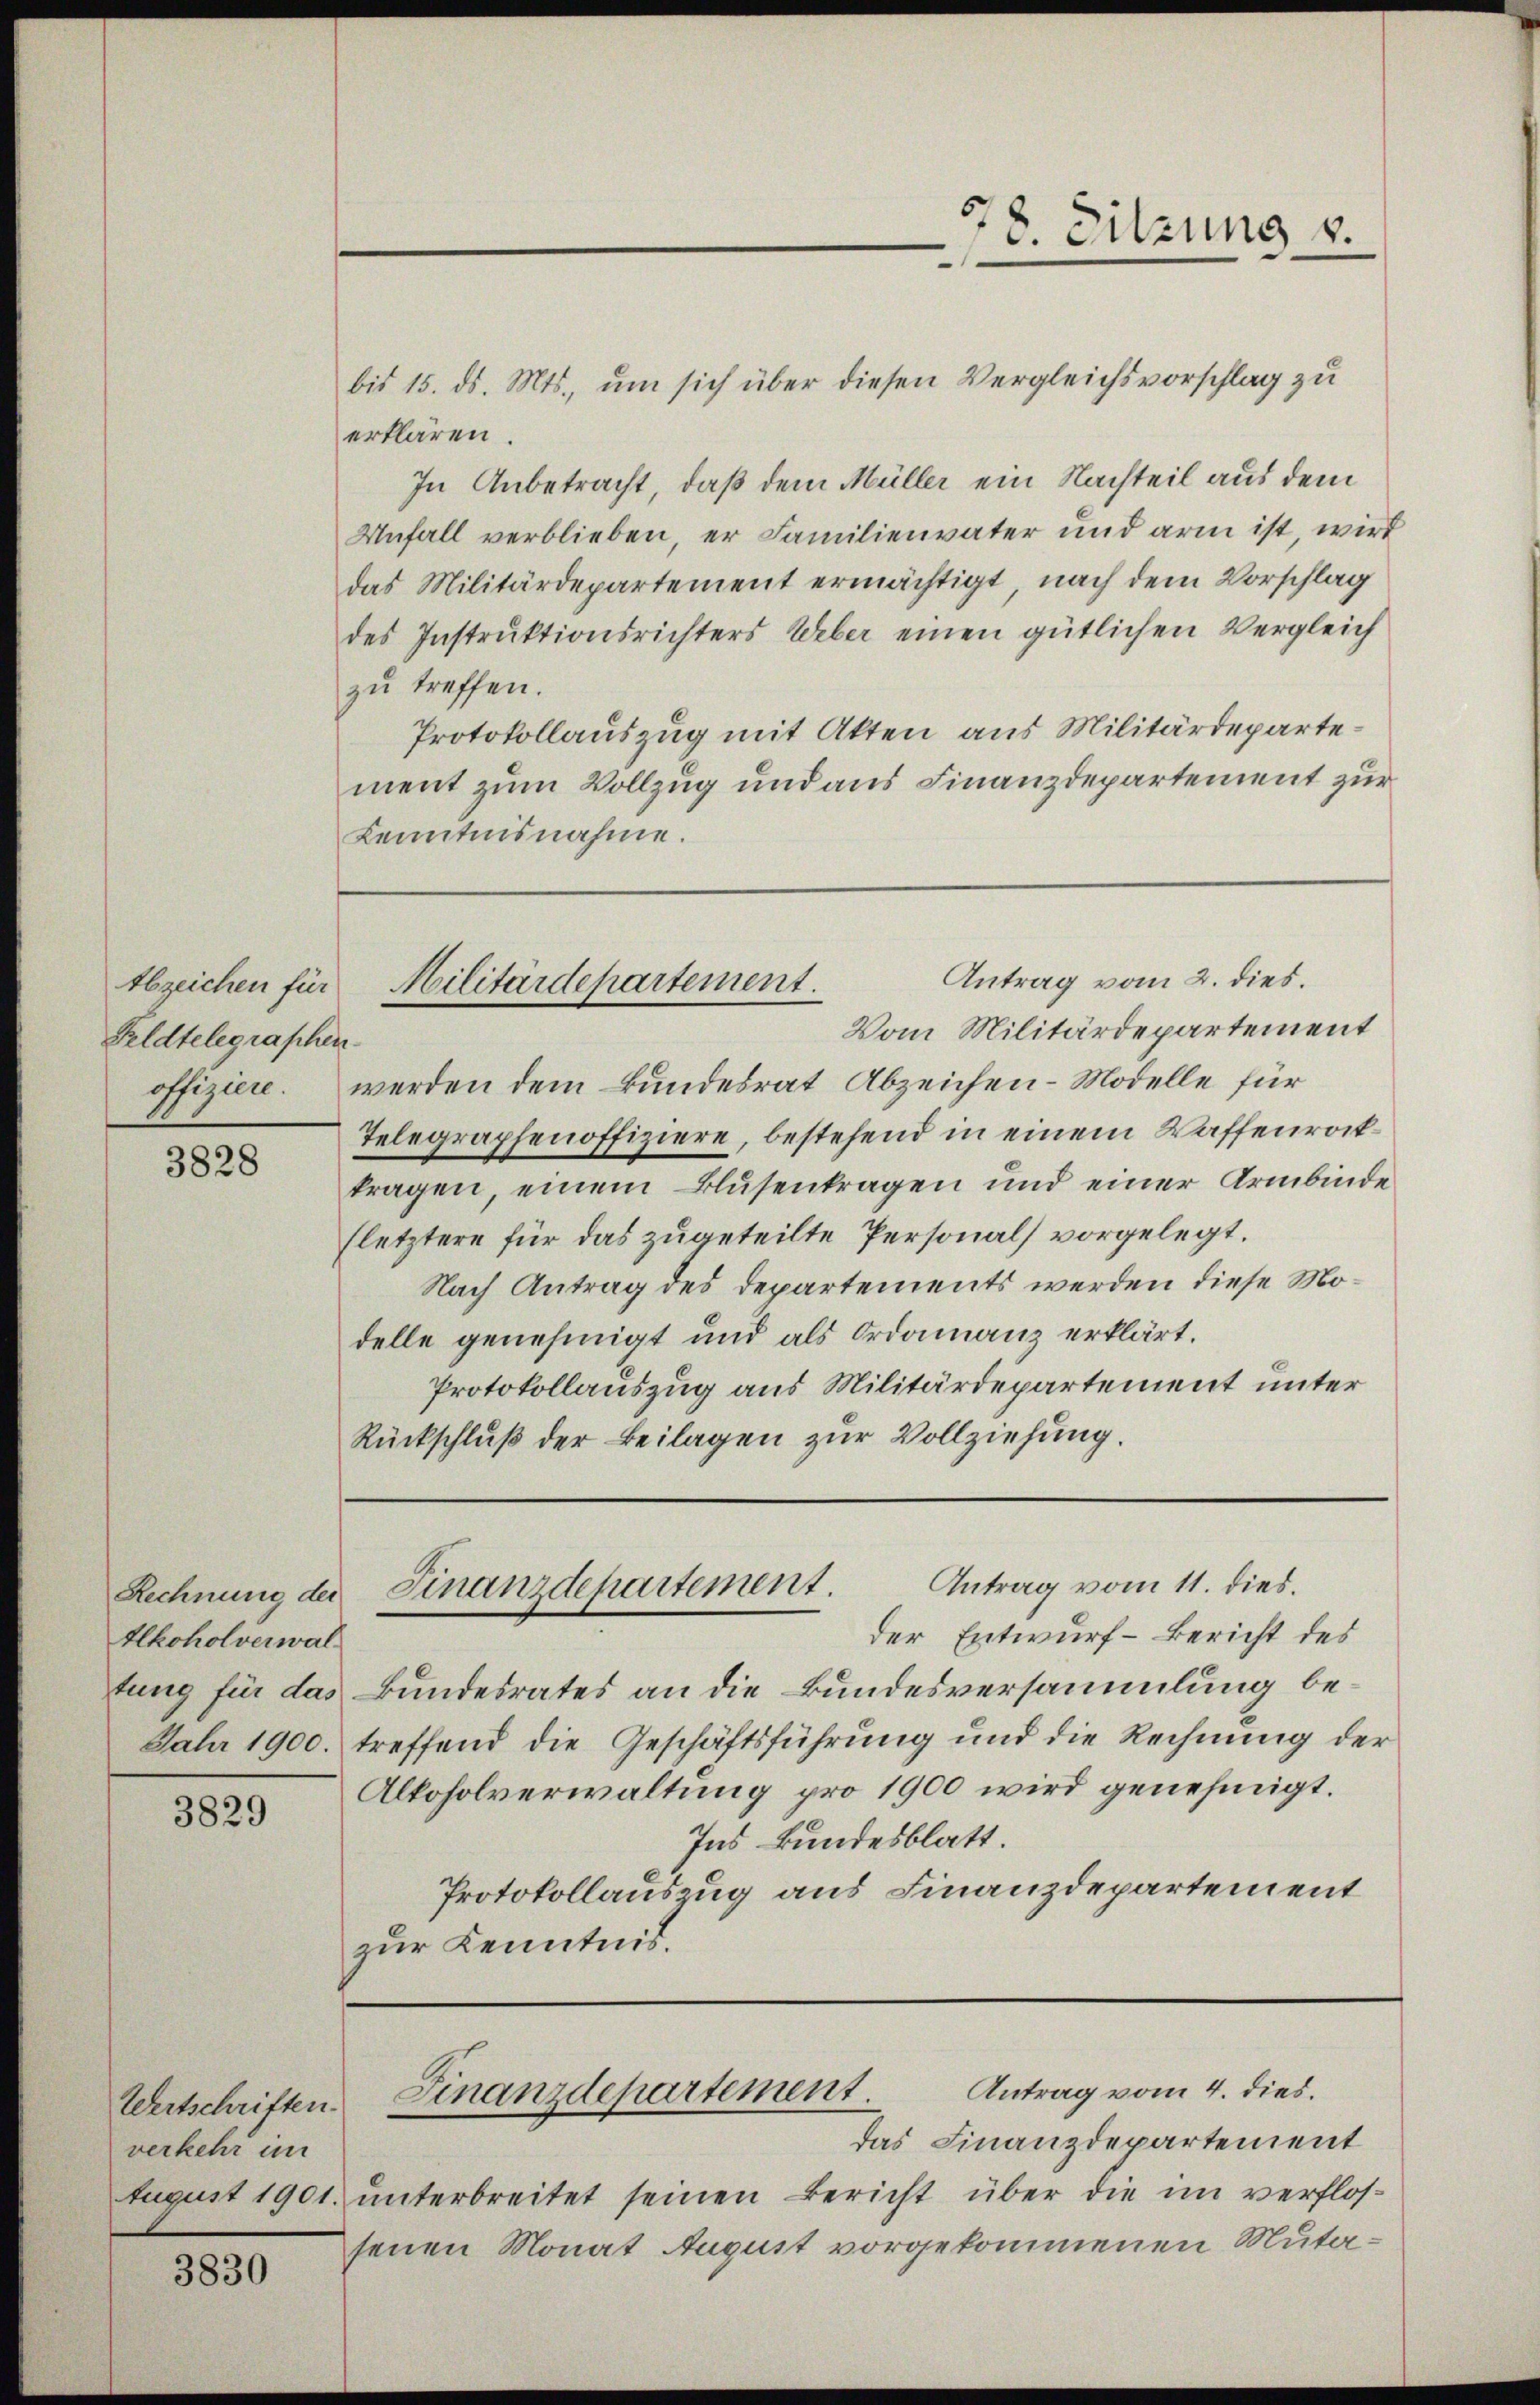
Feldtelegraphen.

3828

Rechnung der
Alkoholverwal
tung für das

3829

Wertschriften.
verkehr im

3830

78. Sitzung v.

bis 15. ds. Mts., um sich über diesen Vergleichsvorschlag zu
erklären.
In Anbetracht, daß dem Müller ein Nachteil aus dem
Unfall verblieben, er Familienvater und arm ist, wird
das Militärdepartement ermächtigt, nach dem Vorschlag
des Instrŭktionsrichters Ueber einen gütlichen Vergleich
zŭ treffen.
Protokollauszug mit Akten aus Militärdepartement zum Vollzug und aus Finanzdepartement zur
Kenntnisnahme.

Vom Militärdepartement
offiziere. werden dem Bundesrat Abzeichen - Modelle für
Telegraphenoffiziere, bestehend in einem Waffenrocktragen, einem Blusenkragen und einer Armbinde
(letztere für das zugeteilte Personals vorgelegt.
Nach Antrag des Departements werden diese Modelle genehmigt und als Ordonanz erklärt.
Protokollauszug aus Militärdepartement unter
Rückschluß der Beilagen zur Vollziehung.

Antrag vom 2. dies.
Abzeichen für Militärdepartement.

Antrag vom 11. dies.
Finanzdepartement.

der Entwurf - Bericht des
Bundesrates an die Bundesversammlung be¬
Jahr 1900. treffend die Geschäftsführung und die Rechnŭng der
Alkoholverwaltung pro 1900 wird genehmigt.
Ins kundesblatt.
Protokollauszug aus Finanzdepartement
zur Kenntnis.

Antrag vom 4. dies.
Finanzdepartement.

Das Finanzdepartement
August 1901 unterbreitet seinen Bericht über die im verflossenen Monat August vorgekommenen Muta¬